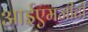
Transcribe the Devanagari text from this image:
आईएमजीटी